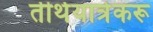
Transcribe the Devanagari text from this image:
तीर्थयात्रेकरू